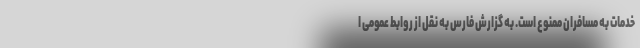
خدمات به مسافران ممنوع است. به گزارش فارس به نقل از روابط عمومی ا